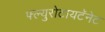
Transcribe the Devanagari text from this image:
फ्ल्युरोटायटॅनेट